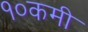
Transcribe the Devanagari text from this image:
१०कमी